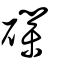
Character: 礏